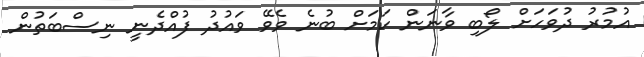
އުމުރު ދުވަހަށް ލޯބި ވާނަން ކަމަށް ބުނެ ވެވޭ ވައުދު ފުއްދެނީ ނިސްބަތުން